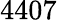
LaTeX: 4407